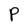
Character: P